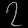
Digit: ၇